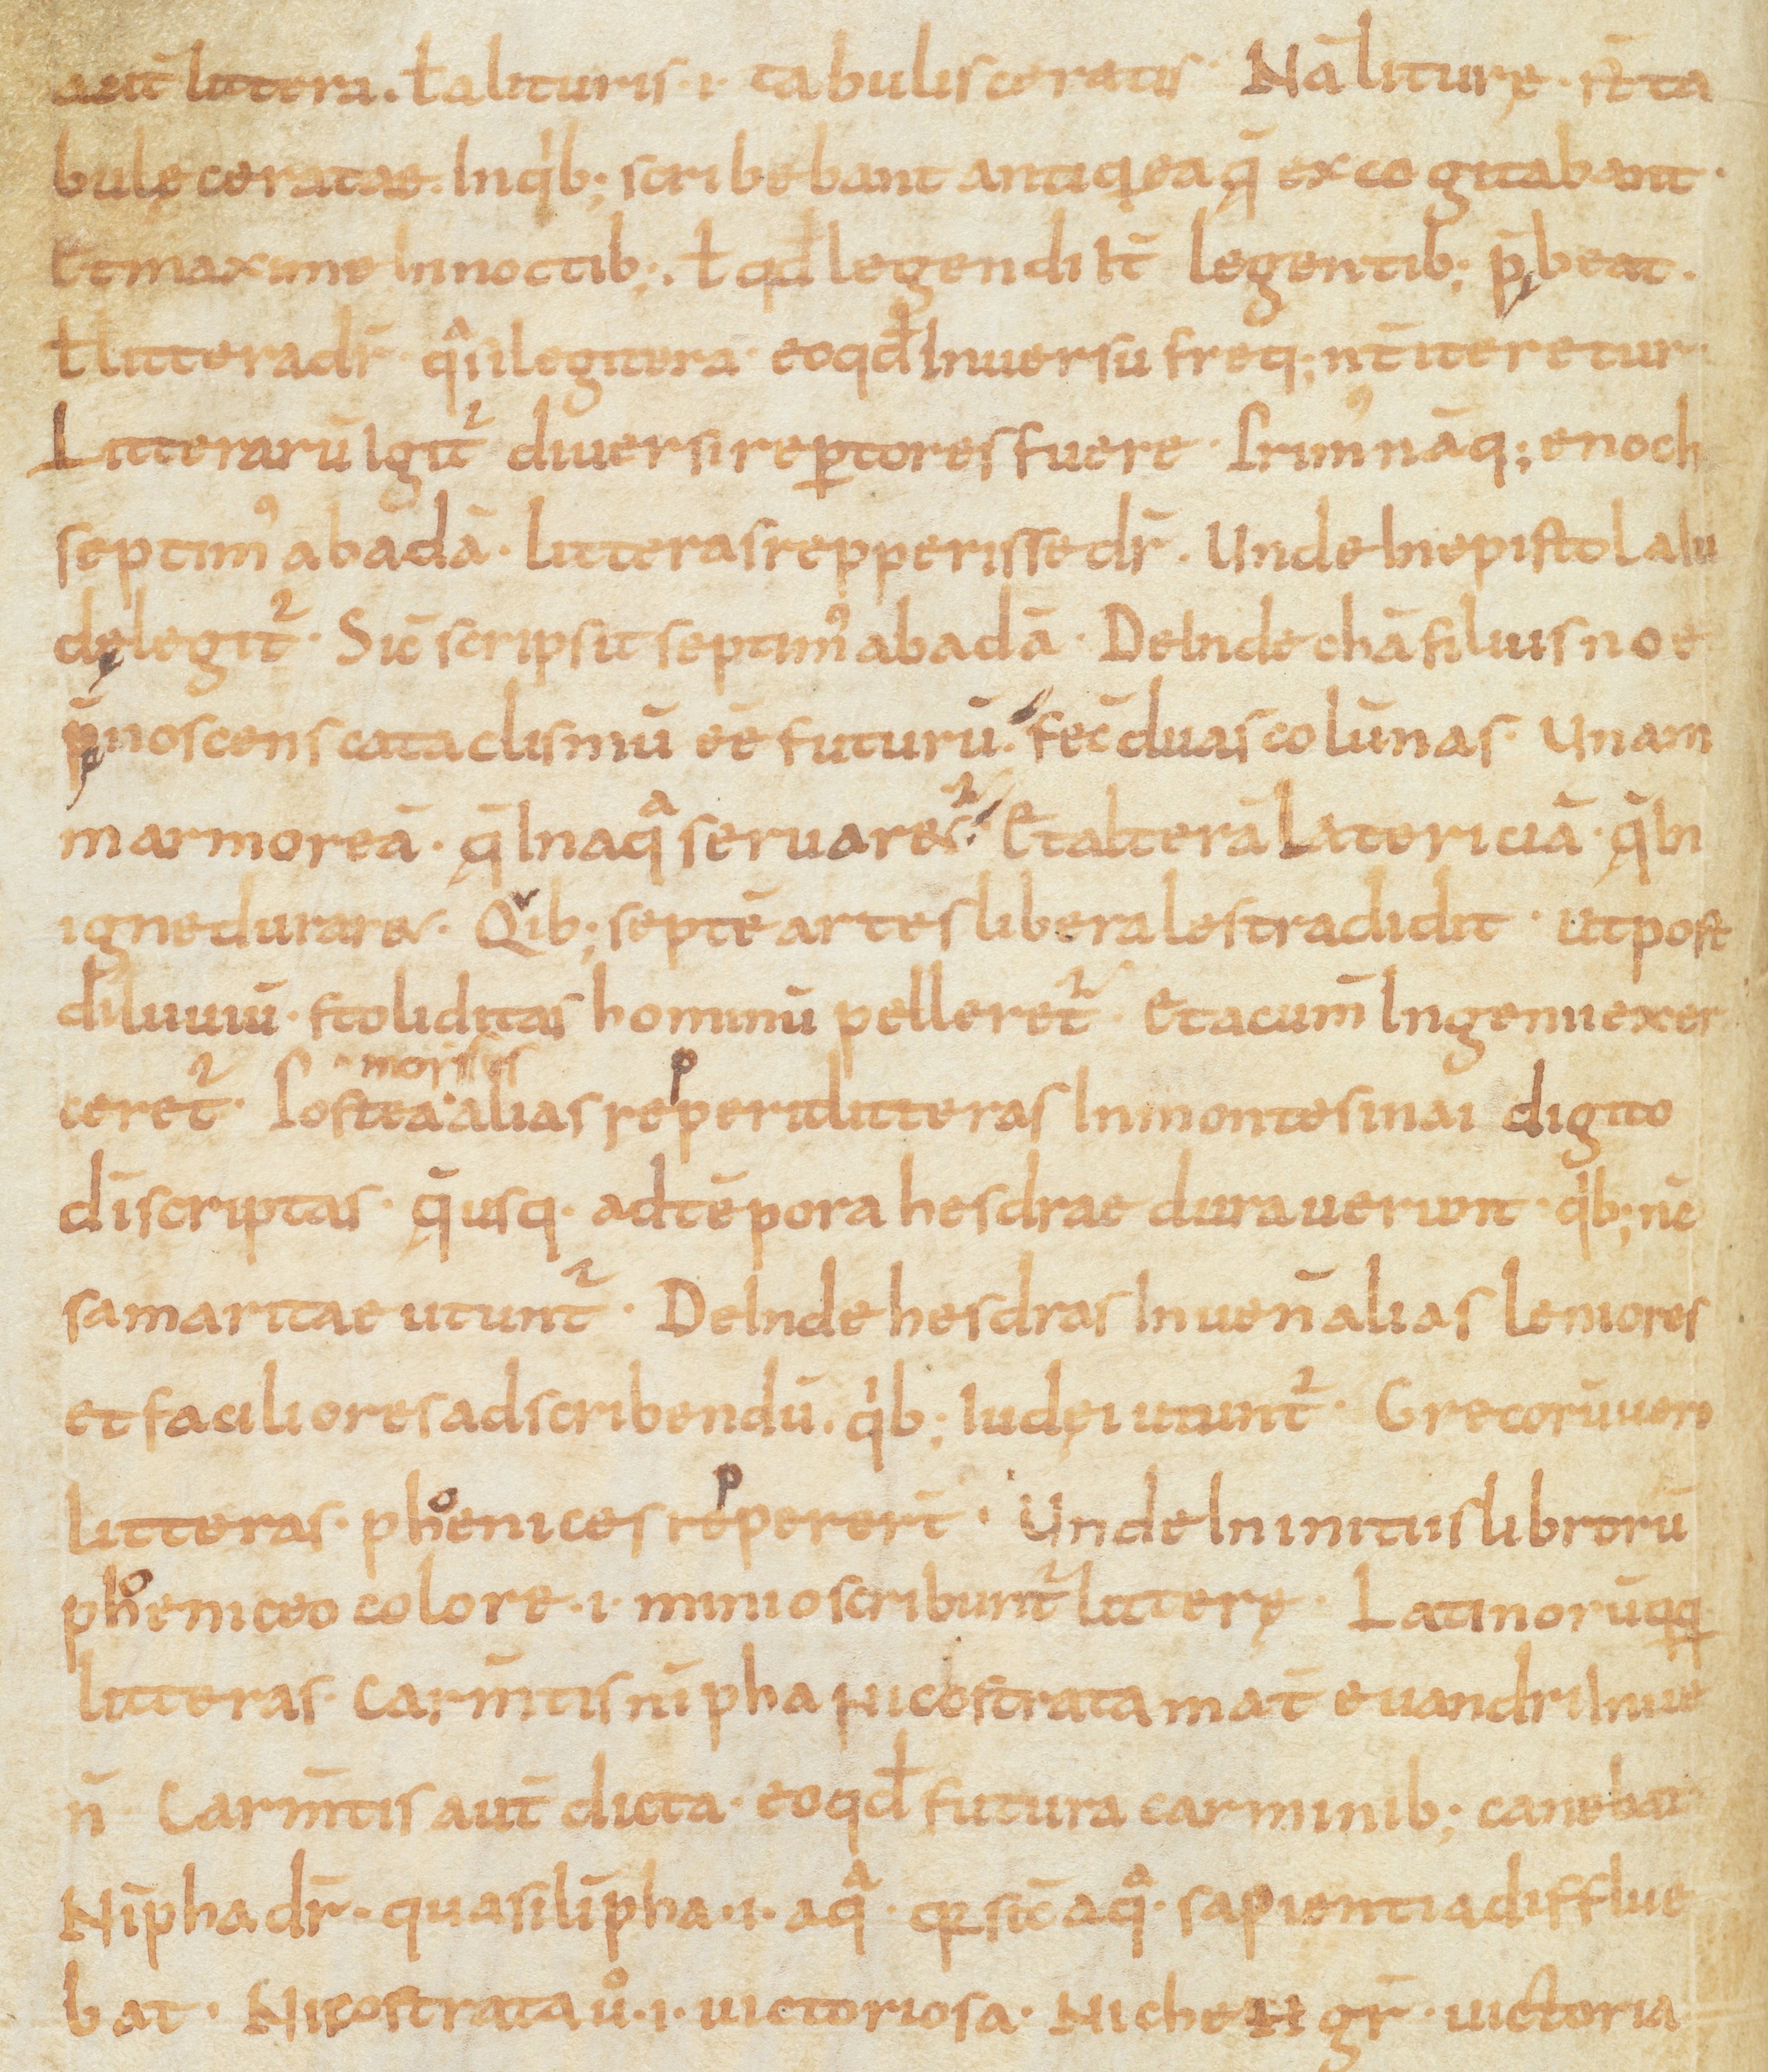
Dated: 866–899